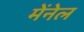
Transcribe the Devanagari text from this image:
मेंनेल